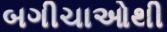
બગીચાઓથી